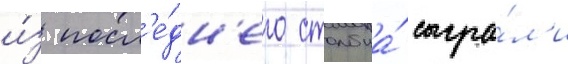
и́з посл'е́дн'его столбца́ сыгра́л'и